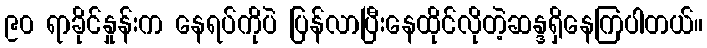
၉၀ ရာခိုင်နှုန်းက နေရပ်ကိုပဲ ပြန်လာပြီးနေထိုင်လိုတဲ့ဆန္ဒရှိနေကြပါတယ်။